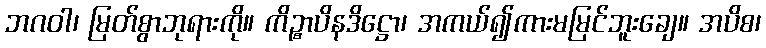
ဘဂဝါ၊ မြတ်စွာဘုရားကို။ ကိဉ္စာပိနဒိဋ္ဌော၊ အကယ်၍ကားမမြင်ဘူးချေ။ အပိစ၊